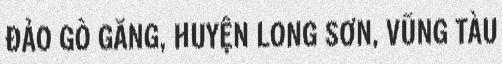
ĐẢO GÒ GĂNG, HUYỆN LONG SƠN, VŨNG TÀU